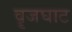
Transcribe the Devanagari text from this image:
वॄजघाट